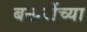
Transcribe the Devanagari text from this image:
बखरींच्या